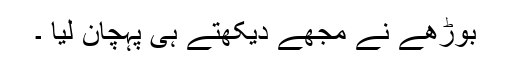
بوڑھے نے مجھے دیکھتے ہی پہچان لیا ۔